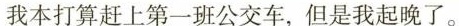
我本打算赶上第一班公交车，但是我起晚了。